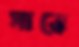
সাত্তে